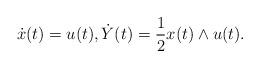
LaTeX: \begin{align*}\dot{x}(t) = u(t), \dot{Y}(t) = \frac{1}{2} x(t) \wedge u(t). \end{align*}